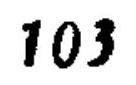
103